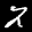
Label: 2